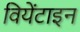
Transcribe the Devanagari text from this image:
वियेंटाइन